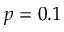
p = 0 . 1